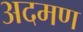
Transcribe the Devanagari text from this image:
अदमण